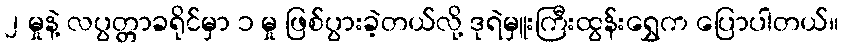
၂ မှုနဲ့ လပွတ္တာခရိုင်မှာ ၁ မှု ဖြစ်ပွားခဲ့တယ်လို့ ဒုရဲမှူးကြီးထွန်းရွှေက ပြောပါတယ်။